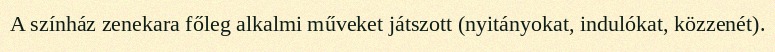
A színház zenekara főleg alkalmi műveket játszott (nyitányokat, indulókat, közzenét).